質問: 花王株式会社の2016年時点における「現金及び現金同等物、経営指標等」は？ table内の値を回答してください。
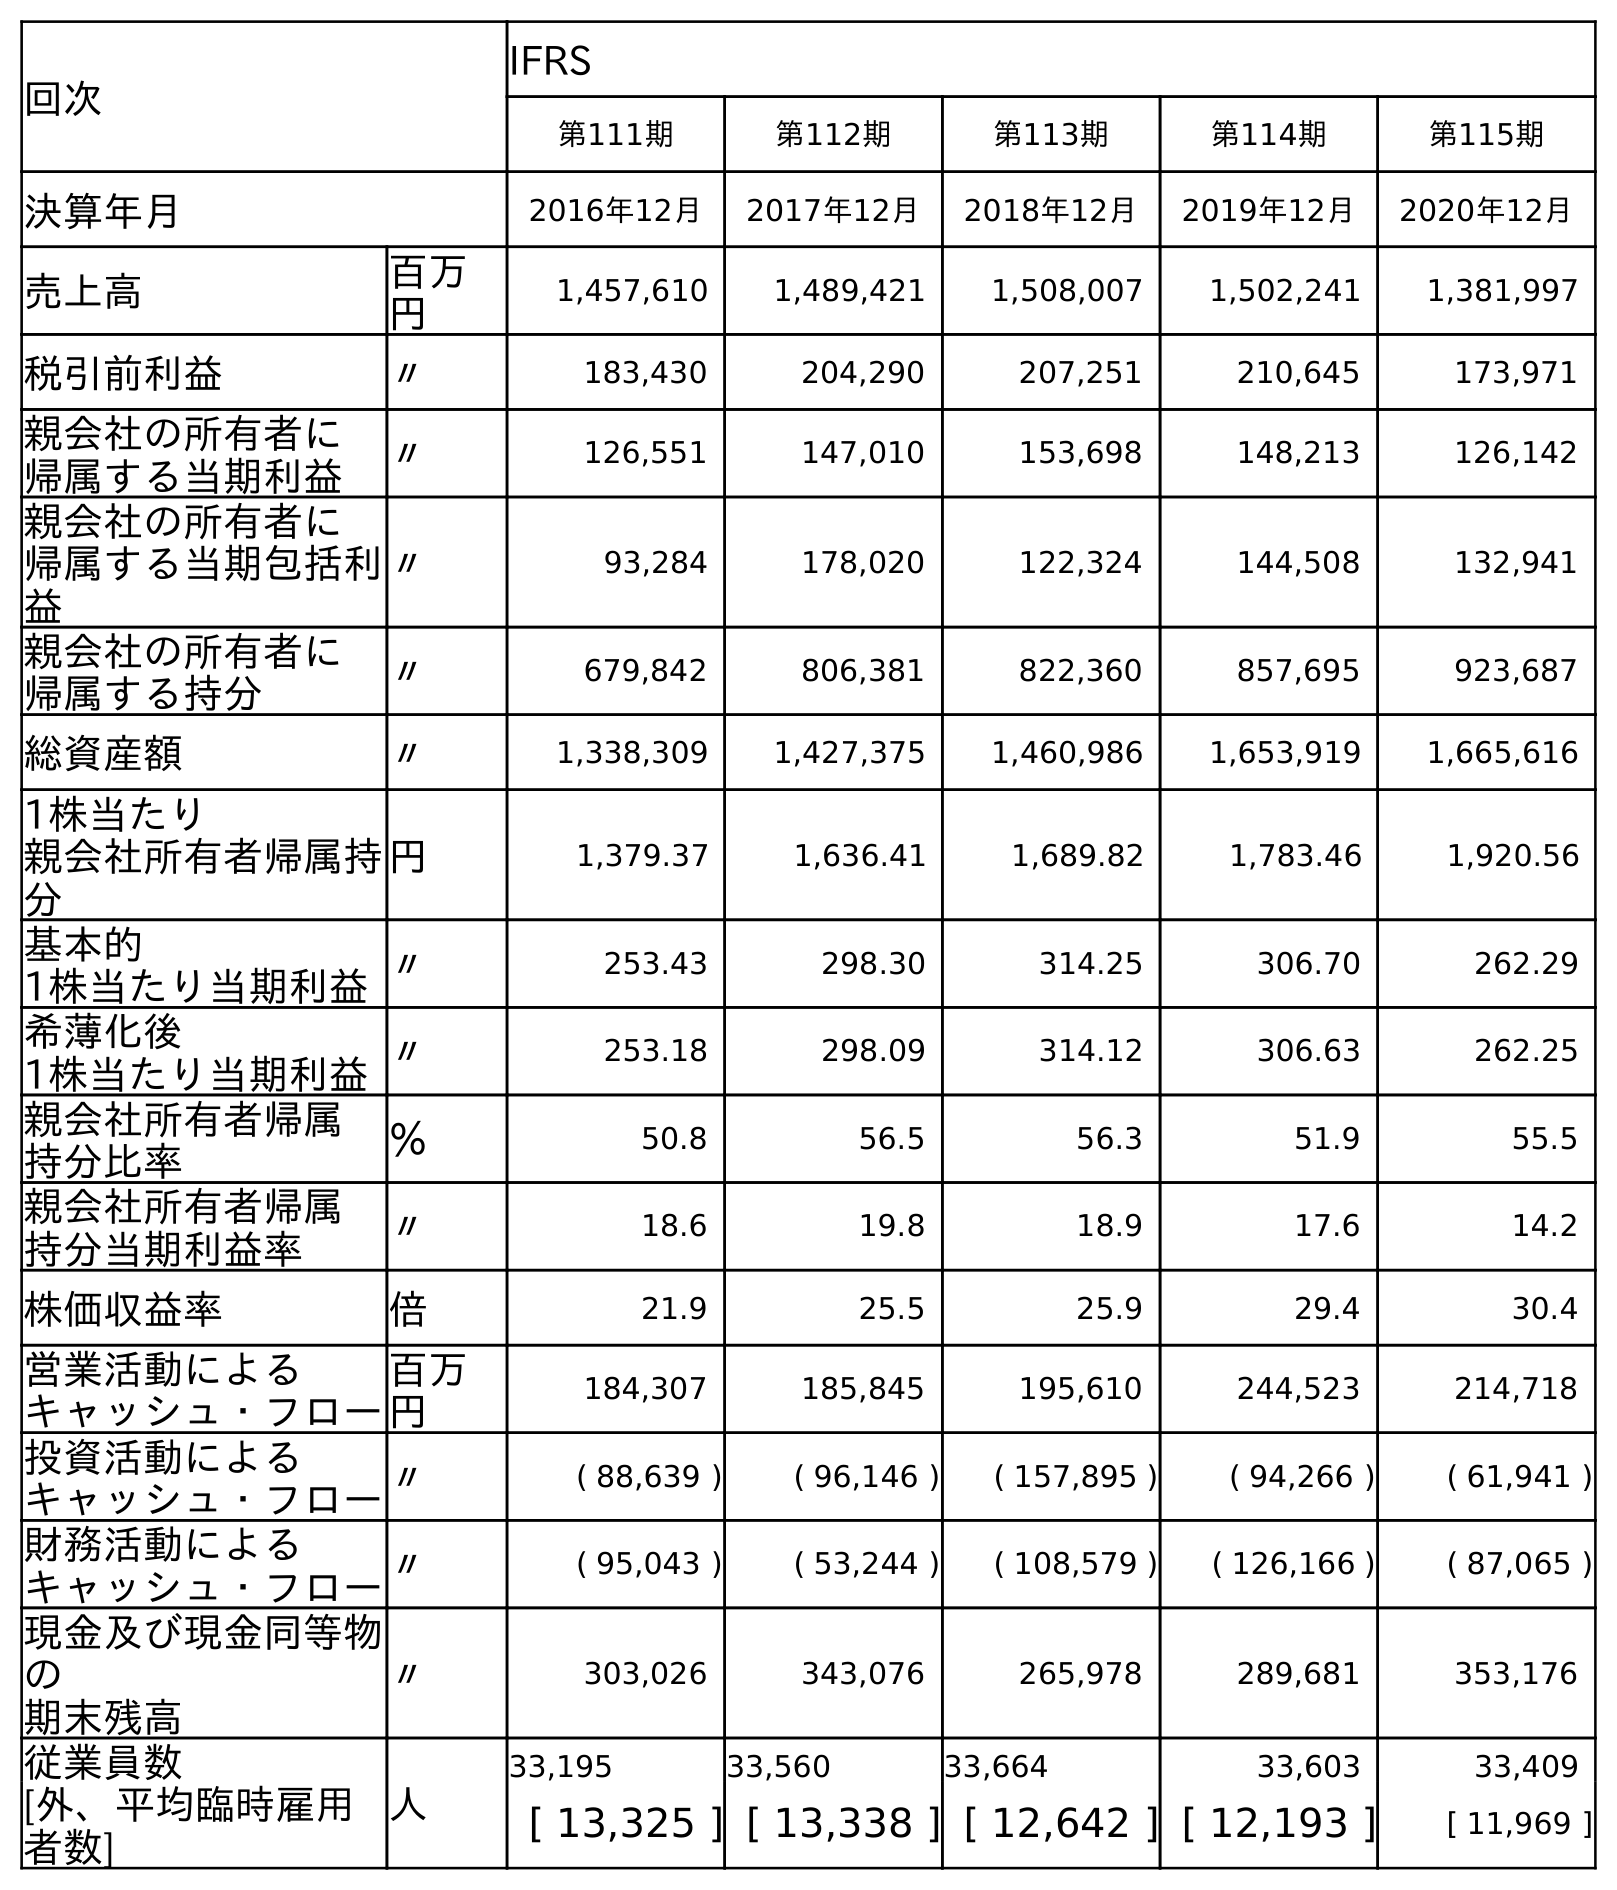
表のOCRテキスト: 回次 IFRS 第111期 第112期 第113期 第114期 第115期 決算年月 2016年12月 2017年12月 2018年12月 2019年12月 2020年12月 売上高 百万 円 1,457,610 1,489,421 1,508,007 1,502,241 1,381,997 税引前利益 〃 183,430 204,290 207,251 210,645 173,971 親会社の所有者に 帰属する当期利益 〃 126,551 147,010 153,698 148,213 126,142 親会社の所有者に 帰属する当期包括利 益 〃 93,284 178,020 122,324 144,508 132,941 親会社の所有者に 帰属する持分 〃 679,842 806,381 822,360 857,695 923,687 総資産額 〃 1,338,309 1,427,375 1,460,986 1,653,919 1,665,616 1株当たり 親会社所有者帰属持 分 円 1,379.37 1,636.41 1,689.82 1,783.46 1,920.56 基本的 1株当たり当期利益〃 253.43 298.30 314.25 306.70 262.29 希薄化後 1株当たり当期利益〃 253.18 298.09 314.12 306.63 262.25 親会社所有者帰属 持分比率 ％ 50.8 56.5 56.3 51.9 55.5 親会社所有者帰属 持分当期利益率 〃 18.6 19.8 18.9 17.6 14.2 株価収益率 倍 21.9 25.5 25.9 29.4 30.4 営業活動による キャッシュ・フロー 百万 円 184,307 185,845 195,610 244,523 214,718 投資活動による キャッシュ・フロー〃 ( 88,639 ) ( 96,146 ) ( 157,895 ) ( 94,266 ) ( 61,941 ) 財務活動による キャッシュ・フロー〃 ( 95,043 ) ( 53,244 ) ( 108,579 ) ( 126,166 ) ( 87,065 ) 現金及び現金同等物 の 期末残高 〃 303,026 343,076 265,978 289,681 353,176 従業員数 人 33,195 33,560 33,664 33,603 33,409 [外、平均臨時雇用 者数] [ 13,325 ] [ 13,338 ] [ 12,642 ] [ 12,193 ] [ 11,969 ]
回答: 303,026